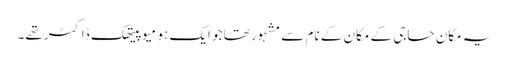
یہ مکان حاجی کے مکان کے نام سے مشہور تھا جو ایک ہو میوپیتھک ڈاکٹر تھے۔